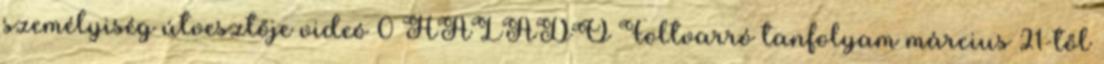
személyiség útvesztője videó 0 HALADÓ Foltvarró tanfolyam március 21-től